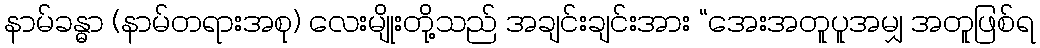
နာမ်ခန္ဓာ (နာမ်တရားအစု) လေးမျိုးတို့သည် အချင်းချင်းအား “အေးအတူပူအမျှ အတူဖြစ်ရ